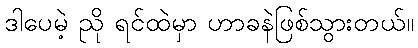
ဒါပေမဲ့ ညို ရင်ထဲမှာ ဟာခနဲဖြစ်သွားတယ်။